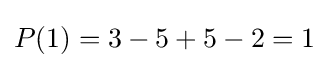
P(1)=3-5+5-2=1